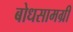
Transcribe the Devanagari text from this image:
बोधसामग्री